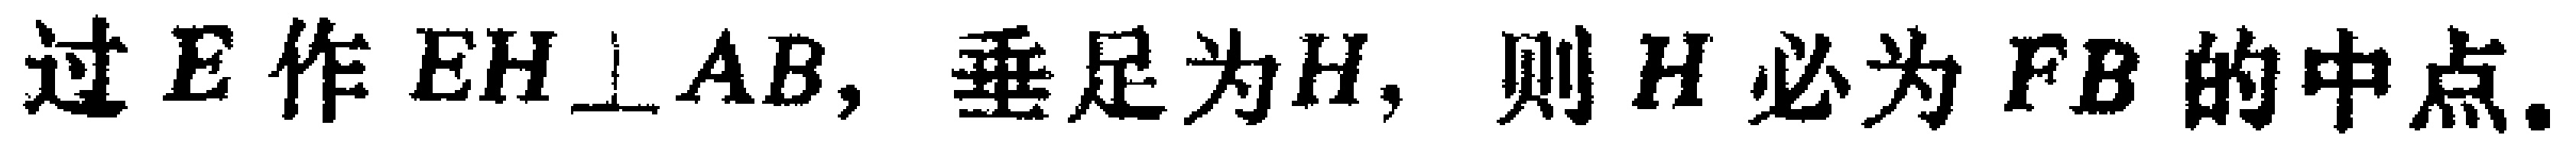
过\(E\)作\(EH\perp AB\)，垂足为\(H\)，则\(H\)必为\(FB\)的中点.